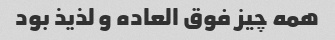
همه چیز فوق العاده و لذیذ بود